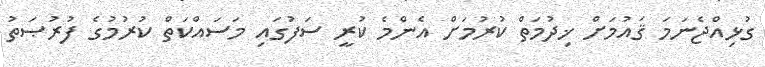
ގުޅިއްޖެނަމަ ޤައުމަށް ޚިދުމަތް ކުރުމަށް އެންމެ ކުރީ ސަފުގައި މަސައްކަތް ކުރުމުގެ ފުރުޞަތު